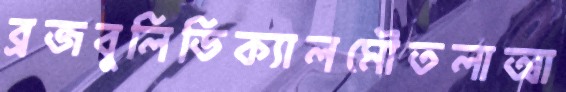
ব্রজবুলিডিক্যালমৌতলাআ